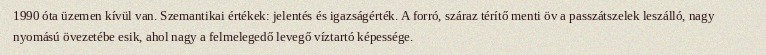
1990 óta üzemen kívül van. Szemantikai értékek: jelentés és igazságérték. A forró, száraz térítő menti öv a passzátszelek leszálló, nagy nyomású övezetébe esik, ahol nagy a felmelegedő levegő víztartó képessége.